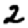
Digit: 2